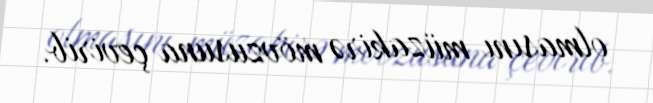
olmasını müzakirə mövzusuna çevirib.